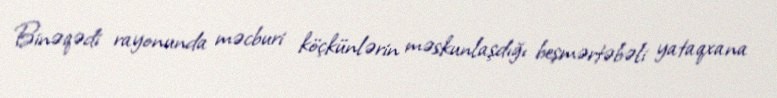
Binəqədi rayonunda məcburi köçkünlərin məskunlaşdığı beşmərtəbəli yataqxana